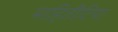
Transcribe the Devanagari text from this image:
माहितीटिपा